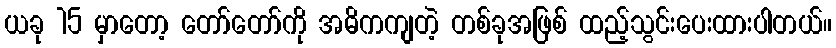
ယခု 15 မှာတော့ တော်တော်ကို အဓိကကျတဲ့ တစ်ခုအဖြစ် ထည့်သွင်းပေးထားပါတယ်။